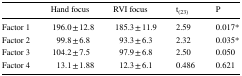
<table><thead><tr><td></td><td><b>Hand focus</b></td><td><b>RVI focus</b></td><td><b>t<sub>(23)</sub></b></td><td><b>P</b></td></tr></thead><tbody><tr><td>Factor 1</td><td>196.0 ± 12.8</td><td>185.3 ± 11.9</td><td>2.59</td><td>0.017*</td></tr><tr><td>Factor 2</td><td>99.8 ± 6.8</td><td>93.3 ± 6.3</td><td>2.32</td><td>0.035*</td></tr><tr><td>Factor 3</td><td>104.2 ± 7.5</td><td>97.9 ± 6.8</td><td>2.50</td><td>0.050</td></tr><tr><td>Factor 4</td><td>13.1 ± 1.88</td><td>12.3 ± 6.1</td><td>0.486</td><td>0.621</td></tr></tbody></table>